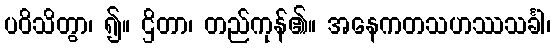
ပဝိသိတွာ၊ ၍။ ဌိတာ၊ တည်ကုန်၏။ အနေကတသဟဿသင်္ခါ၊